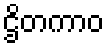
ဌိတကာဝ